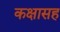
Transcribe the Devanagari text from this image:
कक्षासह